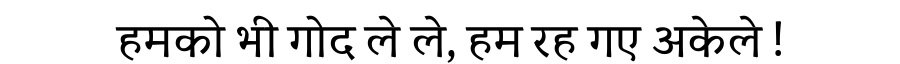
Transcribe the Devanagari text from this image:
हमको भी गोद ले ले, हम रह गए अकेले !